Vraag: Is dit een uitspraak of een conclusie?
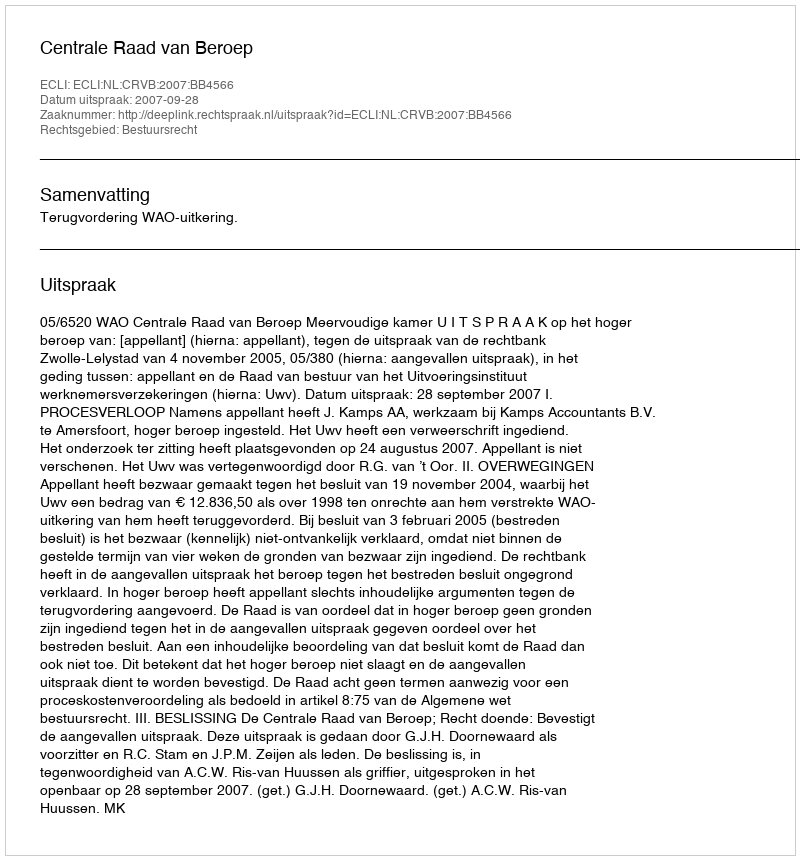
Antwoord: Uitspraak